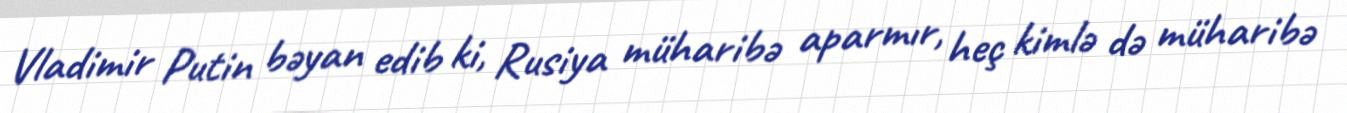
Vladimir Putin bəyan edib ki, Rusiya müharibə aparmır, heç kimlə də müharibə